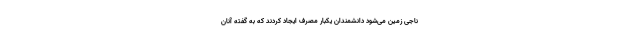
ناجی زمین می‌شود دانشمندان یکبار مصرف ایجاد کردند که به گفته آنان